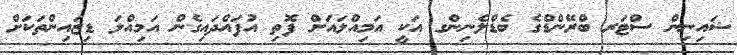
ޝައިނިން ސްޓަރ ބްރޭންޑްގެ ބެޑްލެނިންގ އަކީ އަމިއްލައަށް ފޮތި އުފައްދައިގެން އަމިއްލަ ޑިޒައިންތަކަށް